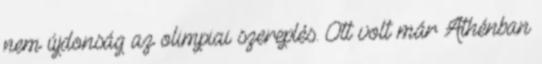
nem újdonság az olimpiai szereplés. Ott volt már Athénban